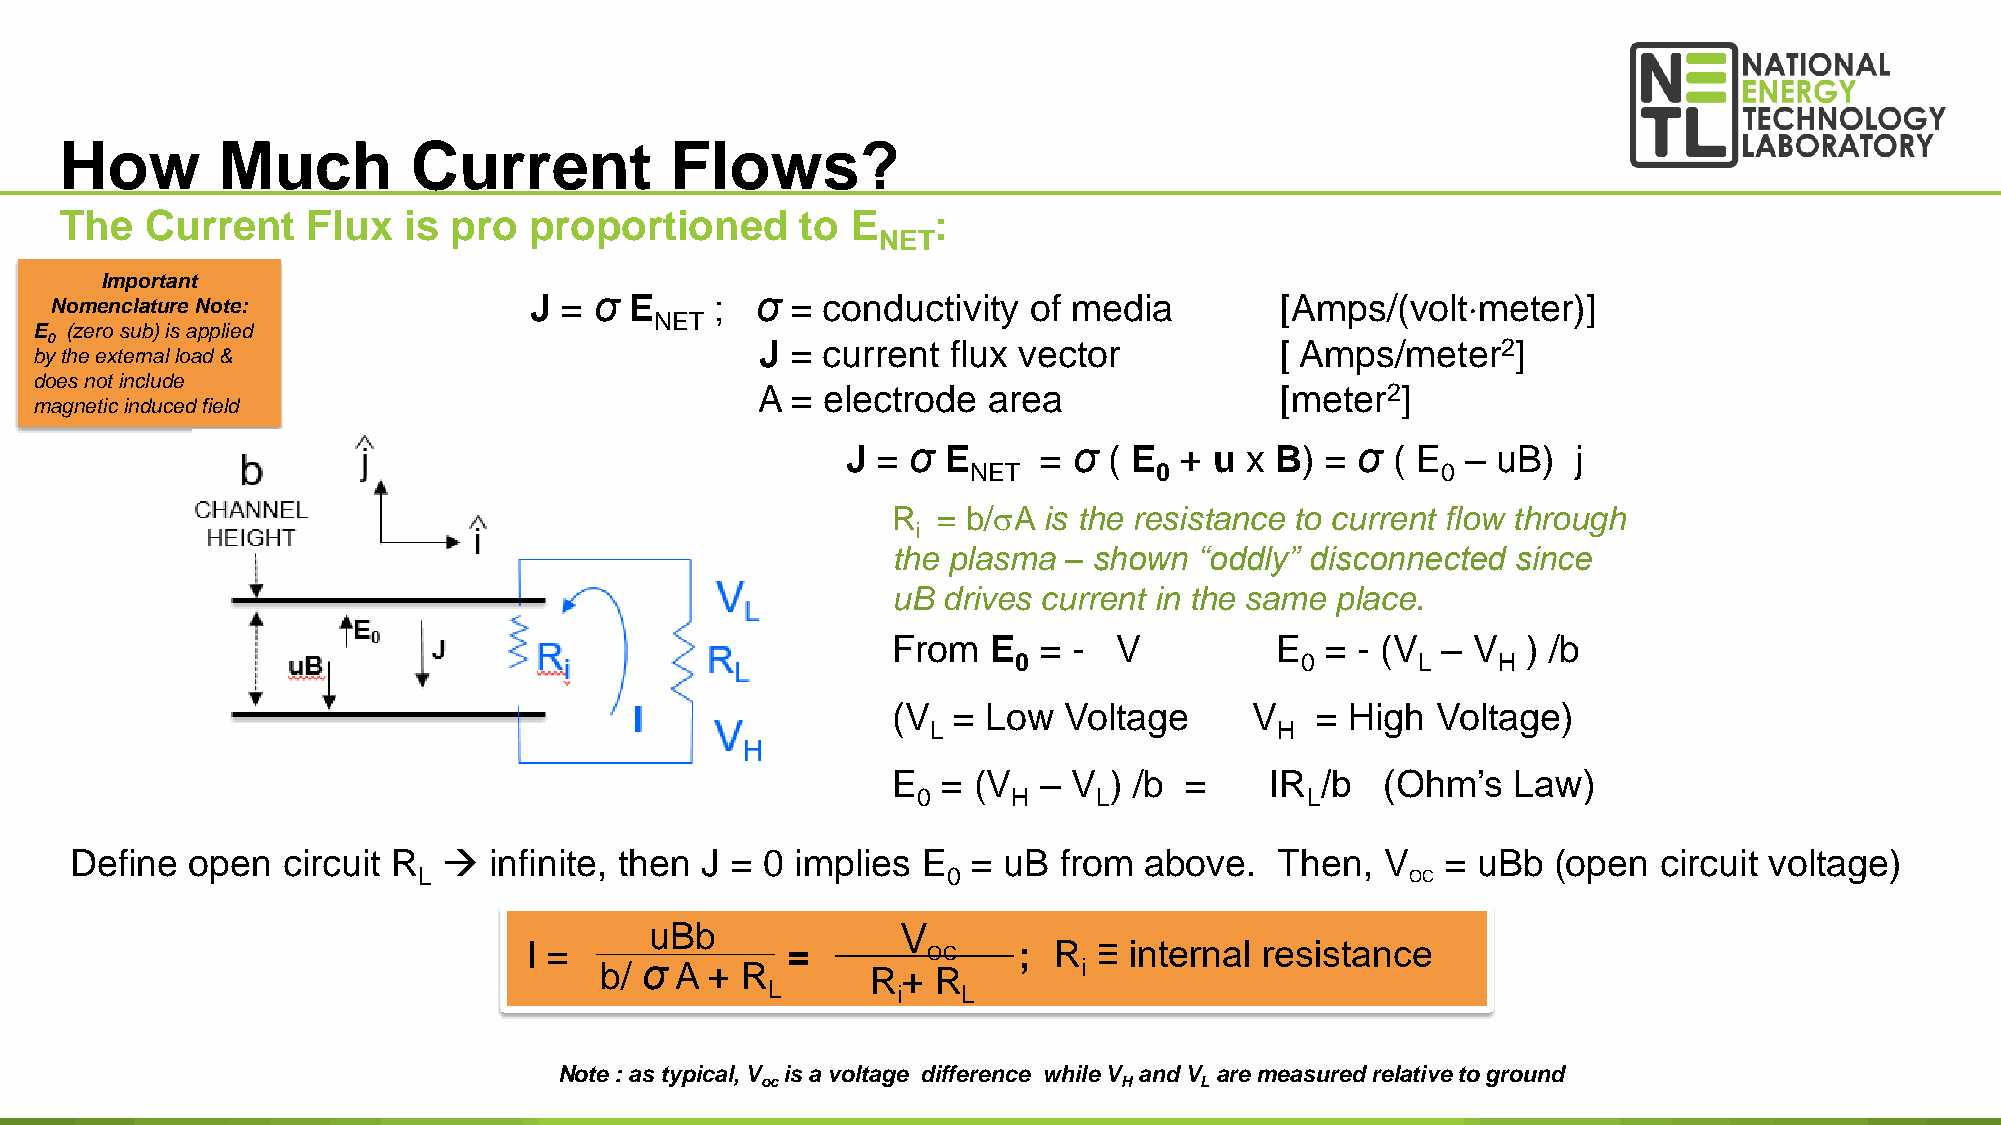
How       Much         Current          Flows?
 The   Current   Flux   is pro  proportioned      to E     :
 NET
 Important
 Nomenclature Note:              J = σ  E    ;  σ = conductivity  of media         [Amps/(voltmeter)]
 NET
 E (zero sub) is applied
 0                                              J = current  flux vector           [ Amps/meter2]
 by the external load &
 does not include
 A = electrode  area                [meter2]
 magnetic induced field
 J = σ  E     = σ ( E  + u x B)  = σ ( E  – uB)  j
 NET         0                  0
 R  = b/sA is the resistance to current flow through
 i
 the plasma – shown  “oddly” disconnected since
 uB drives current in the same place.
 From   E  = -  V         E   = - (V – V   ) /b
 0                  0       L    H
 (V  = Low  Voltage      V   = High  Voltage)
 L                      H
 E  = (V   – V ) /b =     IR /b   (Ohm’s  Law)
 0     H     L            L
 Define  open  circuit R   infinite, then J = 0 implies E  = uB  from  above.   Then,  V   = uBb  (open  circuit voltage)
 L                                  0                             OC
 uBb              V
 I =              =        O C   ;  R  ≡ internal resistance
 b/ σ A + R        R+  R         i
 L       i    L
 13
 Note : as typical, V is a voltage difference while V and V are measured relative to ground
 oc                      H    L